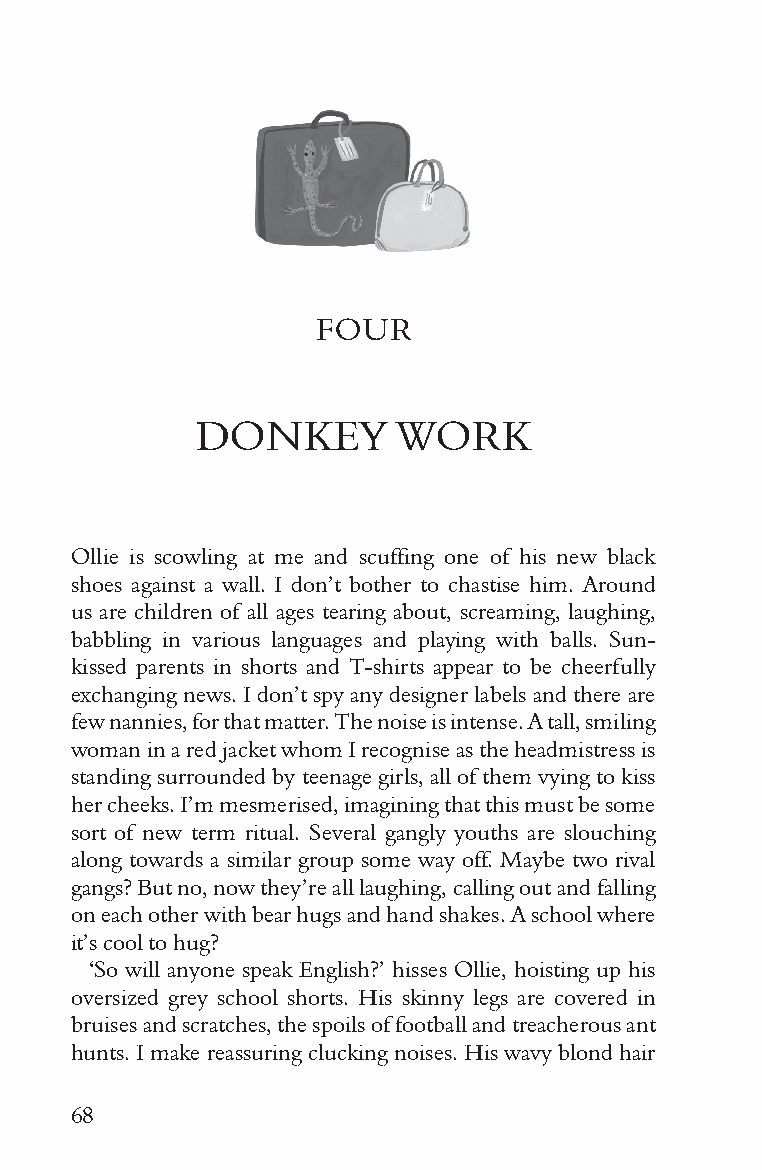
FOUR
 DONKEY       WORK
 Ollie is scowling at me and scuffing one of his new black
 shoes against a wall. I don’t bother to chastise him. Around
 us are children of all ages tearing about, screaming, laughing,
 babbling in various languages and playing with balls. Sun-
 kissed parents in shorts and T-shirts appear to be cheerfully
 exchanging news. I don’t spy any designer labels and there are
 few nannies, for that matter. The noise is intense. A tall, smiling
 woman in a red jacket whom I recognise as the headmistress is
 standing surrounded by teenage girls, all of them vying to kiss
 her cheeks. I’m mesmerised, imagining that this must be some
 sort of new term ritual. Several gangly youths are slouching
 along towards a similar group some way off. Maybe two rival
 gangs? But no, now they’re all laughing, calling out and falling
 on each other with bear hugs and hand shakes. A school where
 it’s cool to hug?
 ‘So will anyone speak English?’ hisses Ollie, hoisting up his
 oversized grey school shorts. His skinny legs are covered in
 bruises and scratches, the spoils of football and treacherous ant
 hunts. I make reassuring clucking noises. His wavy blond hair
 68